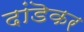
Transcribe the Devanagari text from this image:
दांडॆकर